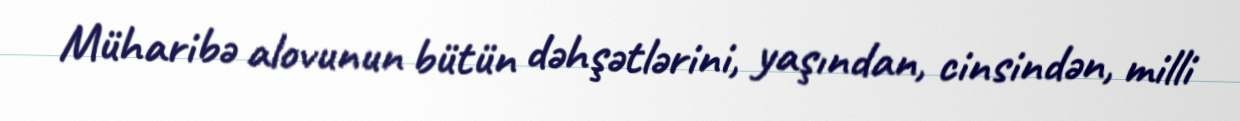
Müharibə alovunun bütün dəhşətlərini, yaşından, cinsindən, milli